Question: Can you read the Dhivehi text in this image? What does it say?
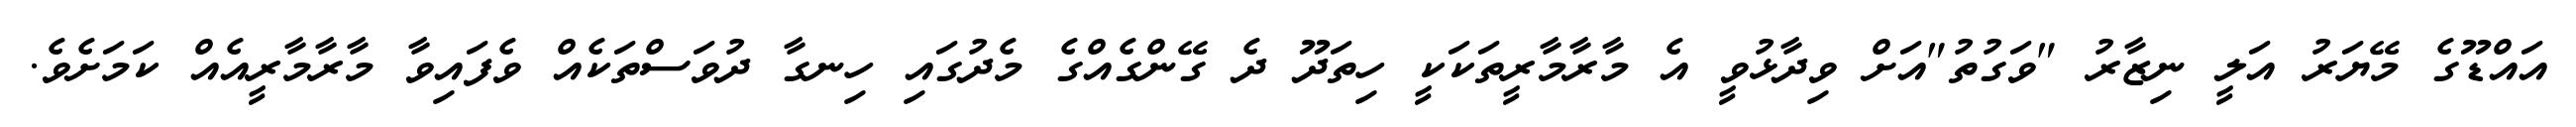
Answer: އައްޑޫގެ މޭޔަރު އަލީ ނިޒާރު "ވަގުތު"އަށް ވިދާޅުވީ އެ މާރާމާރީތަކަކީ ހިތަދޫ ދެ ގޭންގެއްގެ މެދުގައި ހިނގާ ދުވަސްތަކެއް ވެފައިވާ މާރާމާރީއެއް ކަމަށެވެ.